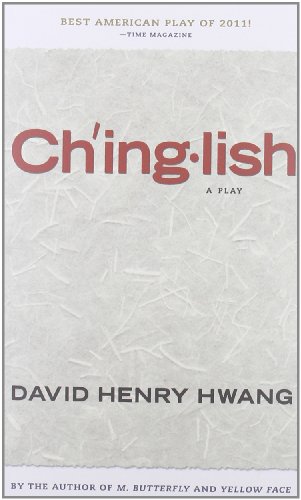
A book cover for Chinglish (TCG Edition); David Henry Hwang; Literature & Fiction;